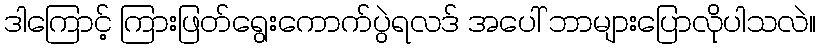
ဒါကြောင့် ကြားဖြတ်ရွေးကောက်ပွဲရလဒ် အပေါ် ဘာများပြောလိုပါသလဲ။